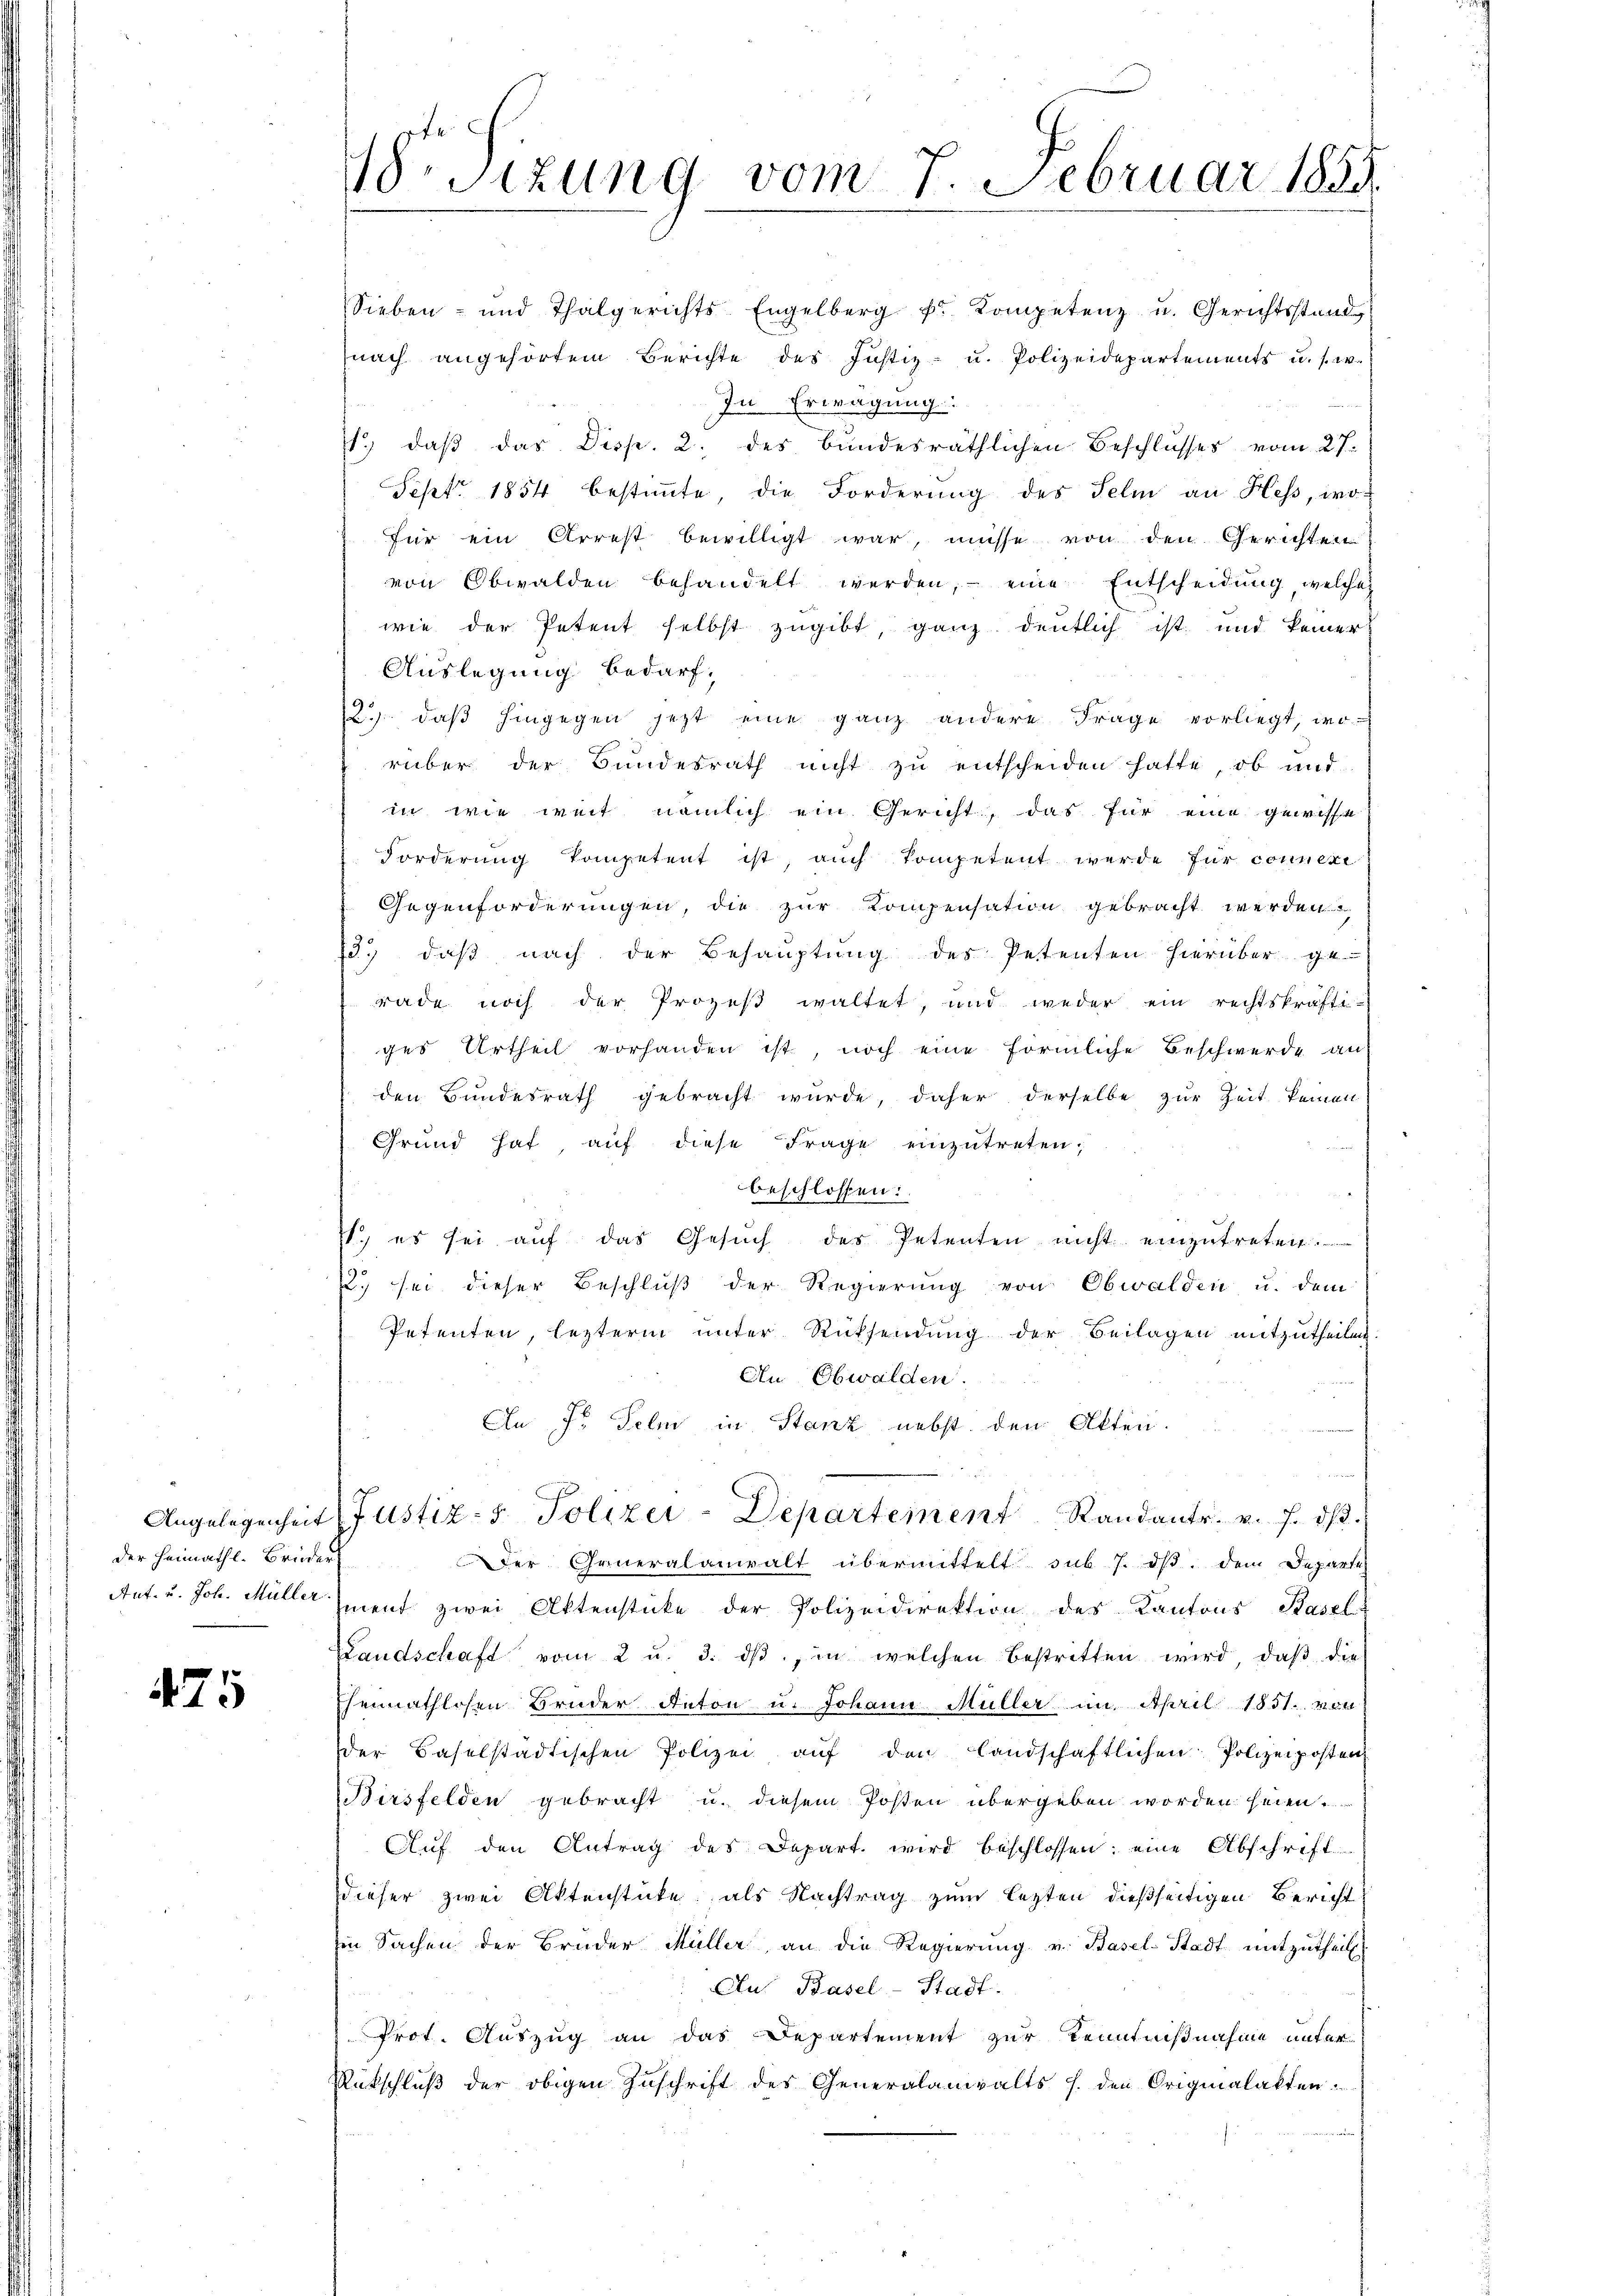
der Heimathl. Brüder

475

Vrsizung vom 7. Februar 1855.

Sieben- und Thalgerichts-Engelberg pr. Kompetenz u. Gerichtsstand
nach angehörtem Berichte des Justiz- u. Polizeidepartements u. s. w.
In Erwägung:
1., daß das Disp. 2. des bundesräthlichen Beschlusses vom 27.
Sept. 1854 bestimmte, die Forderung des Selm an Hess, wofür ein Arrest bewilligt war, müsse von den Gerichten
von Obwalden behandelt werden, - eine Entscheidung, welche
wie der Petent selbst zugibt, ganz deutlich ist und keiner
Auslegung bedarf;
12. daβ hingegen jetzt eine ganz andere Frage vorliegt, wo-
rüber der Bundesrath nicht zu entscheiden hatte, ob und
in wie weit nämlich ein Gericht, das für eine gewisse
Forderung kompetent ist, auch kompetent werde für connere
Gegenforderungen, die zur Kompensation gebracht werden,
13. daβ nach der Behaŭptŭng des Petenten hierüber ge-
rade noch der Prozeß waltet, und weder ein rechtskräfti-
ges Urtheil vorhanden ist, noch eine förmliche Beschwerde an
den Bundesrath gebracht wurde, daher derselbe zur Zeit keinen
Grund hat, auf diese Frage einzutreten,
beschlossen:
s., es sei auf das Gesuch des Petenten nicht einzutreten.
2) sei dieser Beschluß der Regierung von Obwalden u. dem
Petenten, lezterm unter Rücksendung der Beilagen mitzutheilen.
An Obwalden.
An 7. Selm in Stanz nebst den Akten.
Angelegenheit (Justiz- & Polizei-Departement Standants. v. J. dβ.
Der Generalanwalt übermittelt sub 7. dß. Dem Departe
Ant. u. Joh. Müller ment zwei Aktenstücke der Polizeidirektion des Kantons Basel
Landschaft vom 2 u. 3. ds, in welchen bestritten wird, daß die
Eheimathlosen Bruder Anton u. Johann Müller im April 1851. 100
der Baselstädtischen Polizei aŭf den Landschaftlichen Polizeiposten
Birsfelden gebracht u. diesem Posten übergeben worden seien.
Auf den Antrag des Depart wird beschlossen: eine Abschrift
dieser zwei Aktenstücke als Nachtrag zum lezten dießseitigen Bericht
Ein Sachen der Brüder Müller an die Regierŭng v. Basel-Stadt mitzŭtheil.
Au Basel-Stadt.
Prot. Auszug an das Departement zur Kenntnißnahme unter
Rütschluß der obigen Zuschrift des Generalanwalts s. den Originalakten.